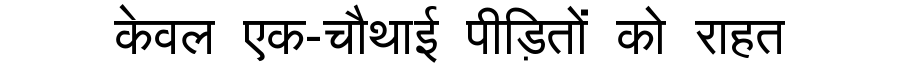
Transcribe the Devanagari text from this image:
केवल एक-चौथाई पीड़ितों को राहत